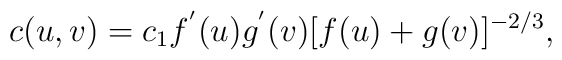
c(u,v)=c_1f^{'}(u)g^{'}(v)[f(u)+g(v)]^{-2/3},